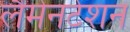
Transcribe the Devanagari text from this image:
लैमेनटेशन